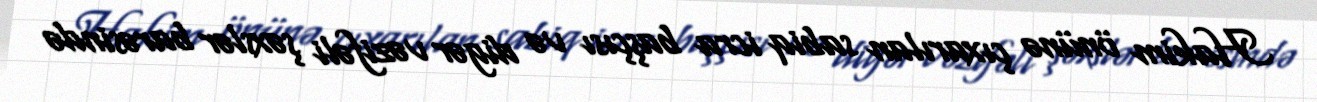
Hakim önünə çıxarılan sabiq icra başçısı və digər vəzifəli şəxslər barəsində